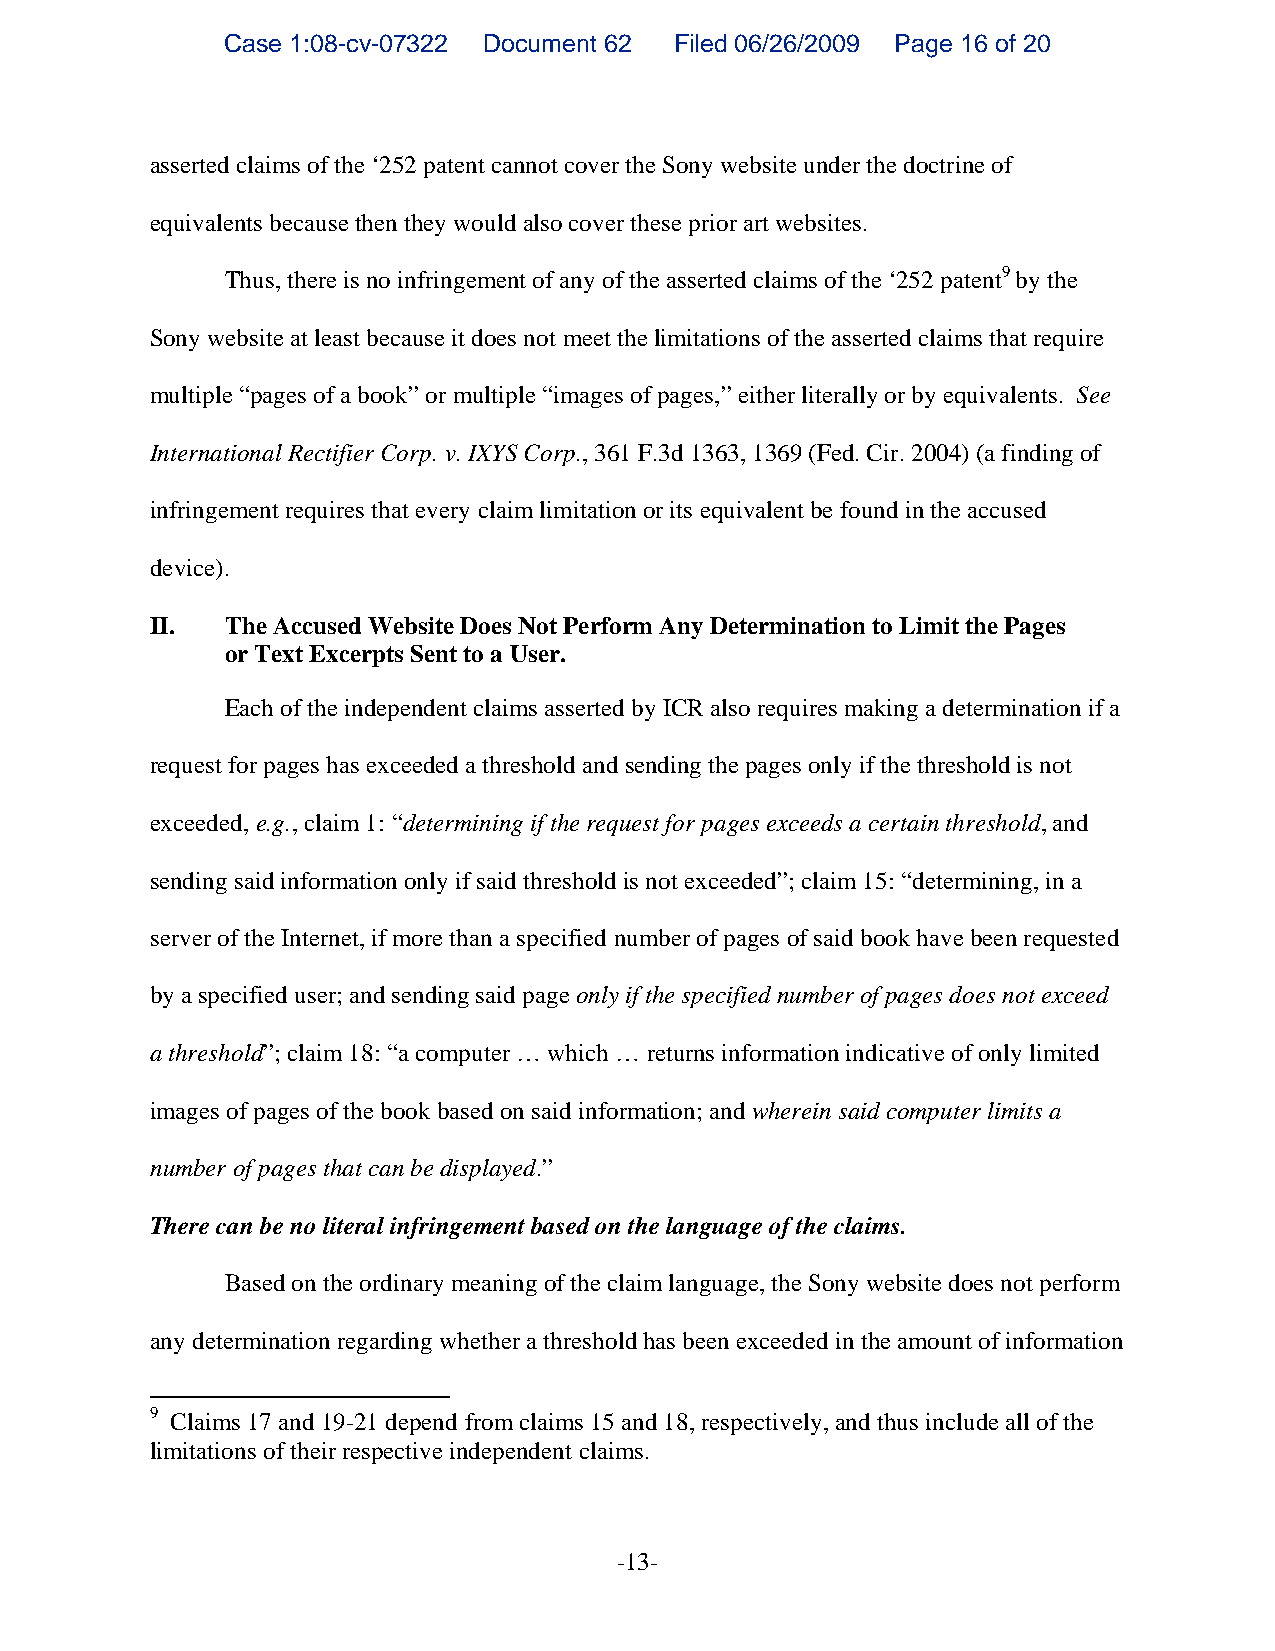
Case 1:08-cv-07322 Document 62 Filed 06/26/2009 Page 16 of 20
 asserted claims of the ‘252 patent cannot cover the Sony website under the doctrine of
 equivalents because then they would also cover these prior art websites.
 Thus, there is no infringement of any of the asserted claims of the ‘252 patent9 by the
 Sony website at least because it does not meet the limitations of the asserted claims that require
 multiple “pages of a book” or multiple “images of pages,” either literally or by equivalents. See
 International Rectifier Corp. v. IXYS Corp., 361 F.3d 1363, 1369 (Fed. Cir. 2004) (a finding of
 infringement requires that every claim limitation or its equivalent be found in the accused
 device).
 II.  The Accused Website Does Not Perform Any Determination to Limit the Pages
 or Text Excerpts Sent to a User.
 Each of the independent claims asserted by ICR also requires making a determination if a
 request for pages has exceeded a threshold and sending the pages only if the threshold is not
 exceeded, e.g., claim 1: “determining if the request for pages exceeds a certain threshold, and
 sending said information only if said threshold is not exceeded”; claim 15: “determining, in a
 server of the Internet, if more than a specified number of pages of said book have been requested
 by a specified user; and sending said page only if the specified number of pages does not exceed
 a threshold”; claim 18: “a computer … which … returns information indicative of only limited
 images of pages of the book based on said information; and wherein said computer limits a
 number of pages that can be displayed.”
 There can be no literal infringement based on the language of the claims.
 Based on the ordinary meaning of the claim language, the Sony website does not perform
 any determination regarding whether a threshold has been exceeded in the amount of information
 9 Claims 17 and 19-21 depend from claims 15 and 18, respectively, and thus include all of the
 limitations of their respective independent claims.
 -13-